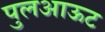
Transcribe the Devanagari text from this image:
पुलआऊट